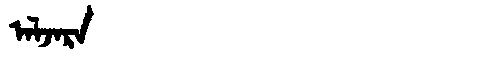
Manchu: ᠠᠯᠵᠠᡵᠠ
Romanization: ALJARA